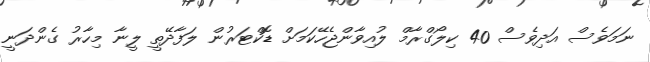
ނަމަވެސް އަދިވެސް 40 ކިލޯގްރާމް ލުއިވާންޖެހޭކަމަށް ޑޮކްޓަރުން ލަފާދޭތީ ލީނާ މިހާރު ގެންދަނީ